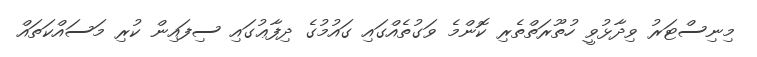
މިނިސްޓަރު ވިދާޅުވީ ހުތޫރަތްތެރި ކޮންމެ ވަގުތެއްގައި ގައުމުގެ ދިފާޢުގައި ސިފައިން ކުރި މަސައްކަތައް